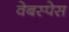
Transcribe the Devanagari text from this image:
वेबस्पेस